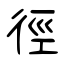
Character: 徑